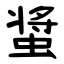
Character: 螀